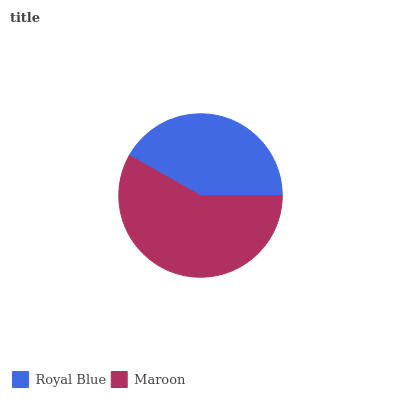
| Royal Blue | Maroon |
 | --- | --- |
 | 41.9% | 58.1% |